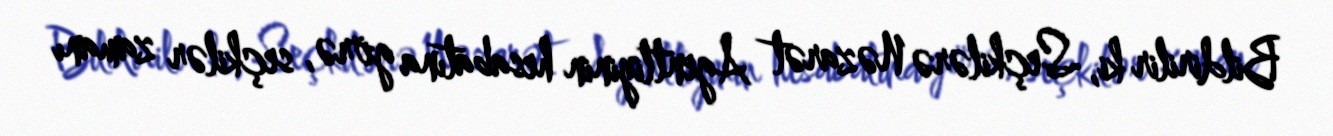
Bildirilir ki, Seçkilərə Nəzarət Agentliyinin hesabatına görə, seçkilər zamanı